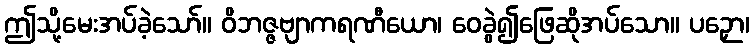
ဤသို့မေးအပ်ခဲ့သော်။ ဝိဘဇ္ဇဗျာကရဏီယော၊ ဝေခွဲ၍ဖြေဆိုအပ်သော။ ပဉှော၊